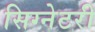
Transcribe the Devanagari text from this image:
सिग्नेटरी